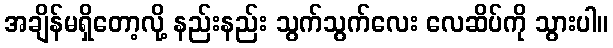
အချိန်မရှိတော့လို့ နည်းနည်း သွက်သွက်လေး လေဆိပ်ကို သွားပါ။